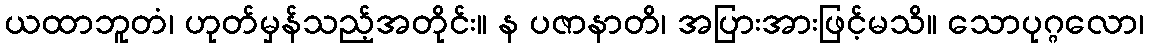
ယထာဘူတံ၊ ဟုတ်မှန်သည့်အတိုင်း။ န ပဇာနာတိ၊ အပြားအားဖြင့်မသိ။ သောပုဂ္ဂလော၊